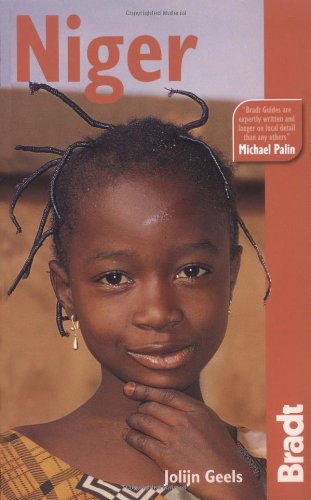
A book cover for Niger: The Bradt Travel Guide; Jolijn Geels; Travel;